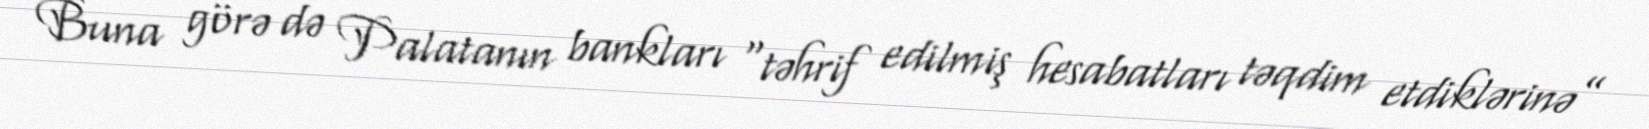
Buna görə də Palatanın bankları “təhrif edilmiş hesabatları təqdim etdiklərinə”